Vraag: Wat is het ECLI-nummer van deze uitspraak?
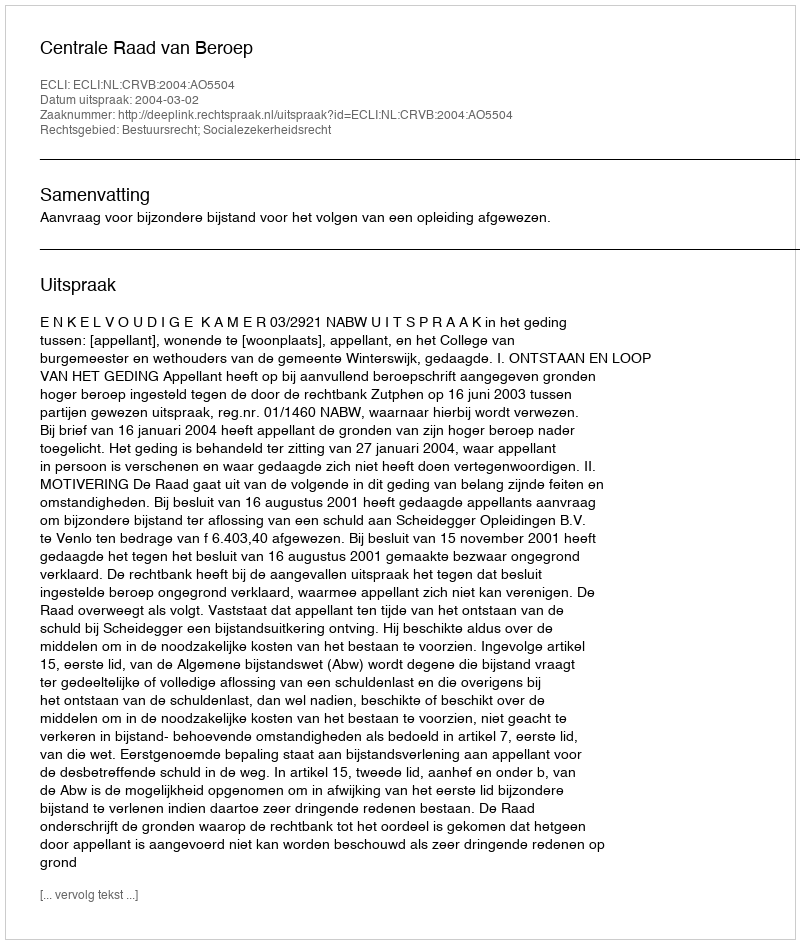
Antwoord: ECLI:NL:CRVB:2004:AO5504